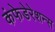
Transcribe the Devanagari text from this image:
कंफेडेरेशन्स